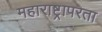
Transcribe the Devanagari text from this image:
महाराष्ट्रापरता